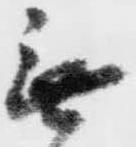
無